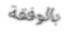
بالوفقة